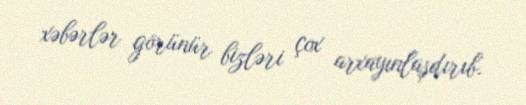
xəbərlər görünür bizləri çox arxayınlaşdırıb.